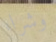
وشراء